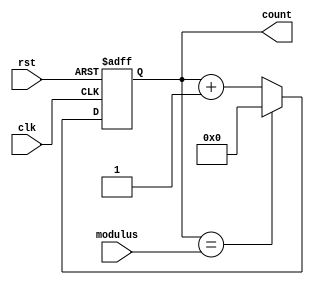
module ModulusCounter (
    input clk,
    input rst,
    input [7:0] modulus,
    output reg [7:0] count
);

always @(posedge clk or posedge rst) begin
    if (rst) begin
        count <= 8'b0; // reset count to zero when rst is high
    end else begin
        if (count == modulus) begin
            count <= 8'b0; // reset count to zero when modulus value is reached
        end else begin
            count <= count + 1; // increment count by one on each clock cycle
        end
    end
end

endmodule